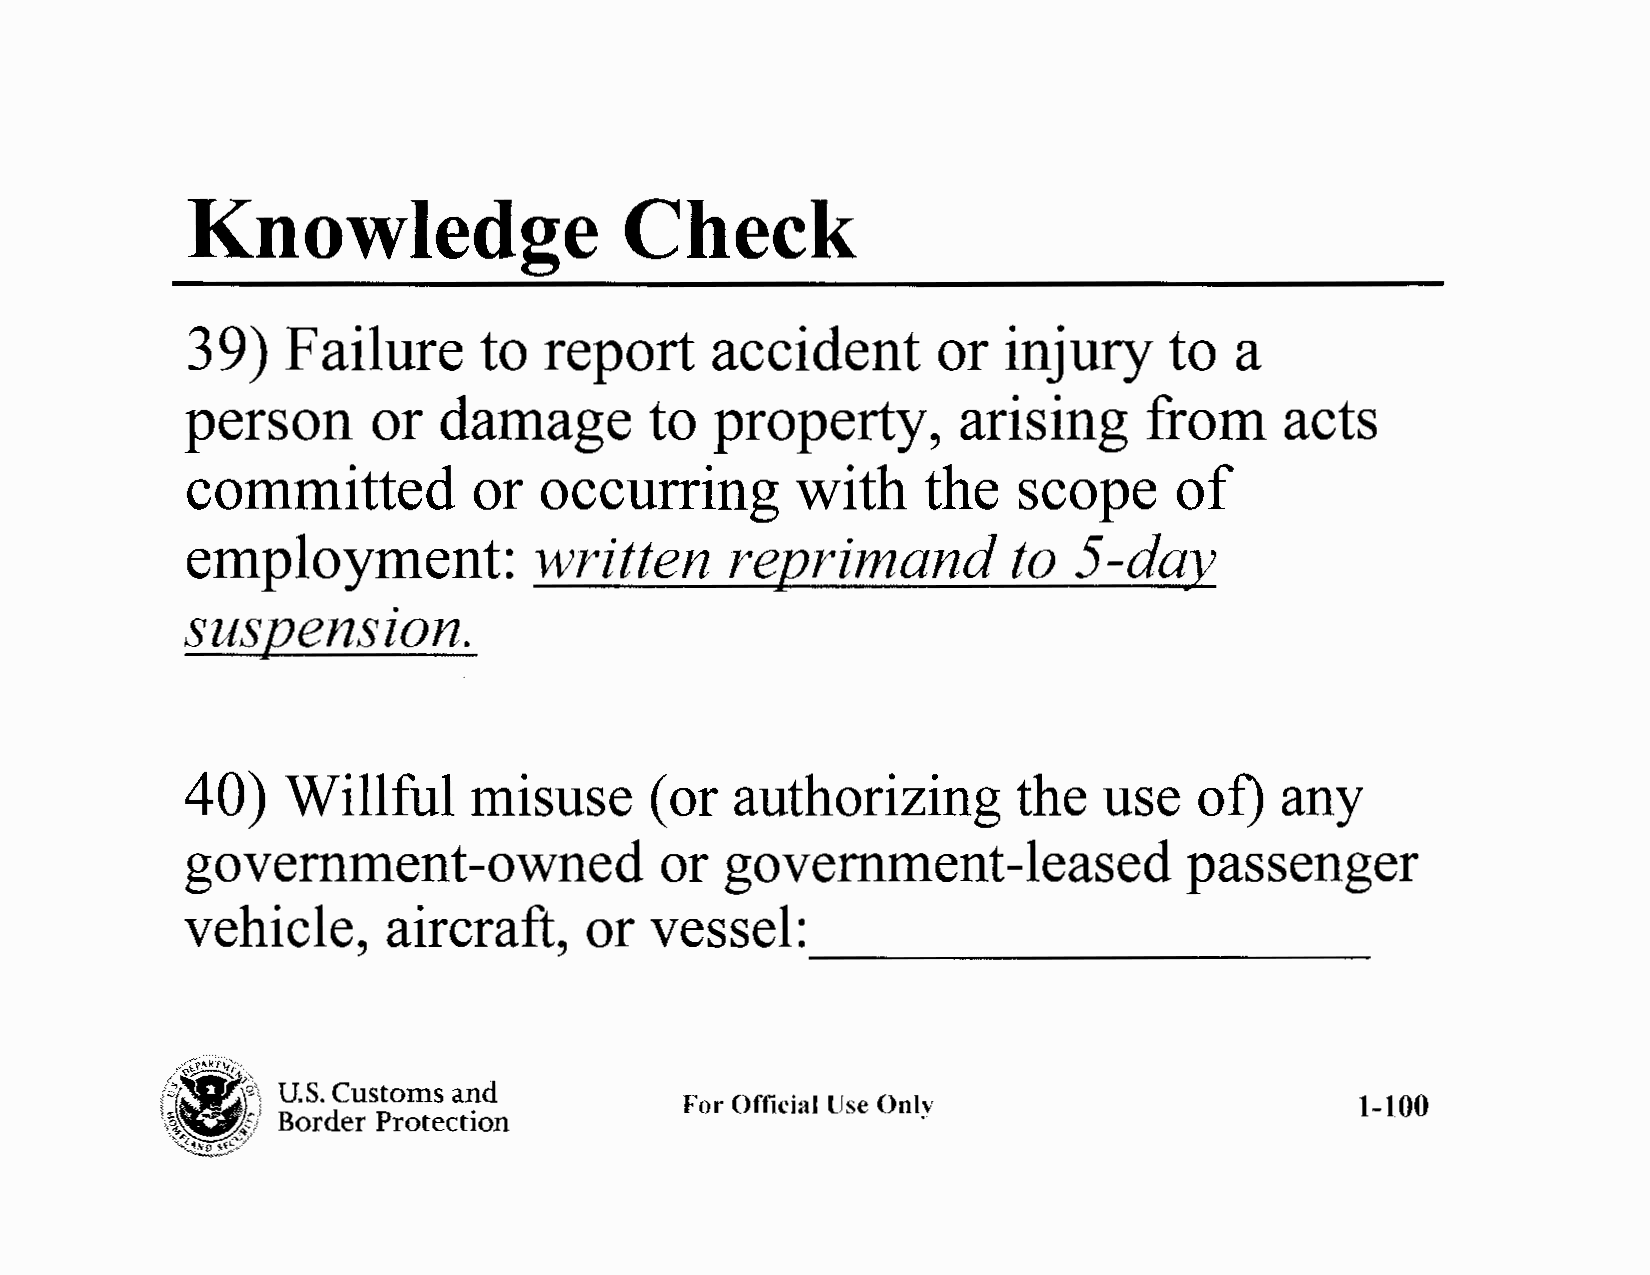
Knowledge                    Check
 39)    Failure      to  report     accident       or   injury    to   a
 person       or  damage        to  property,        arising     from     acts
 committed          or   occurring        with    the   scope      of
 employment:            written      re12rimand         to  5-day
 sus12ensz•     on.
 40)    Willful     misuse      ( or  authorizing       the   use   of)   any
 government-owned                or  government-leased              passenger
 vehicle,      aircraft,    or  vessel:
 -    -   -   -   -    -   -   -   -
 w""\J,;kJ,.~>c
 t/" 'fJ3~E,1)~,\ '
 U.S. Customs and
 For Official lJse Only                       1-100
 \~~~/  Border Protection
 ~p,,